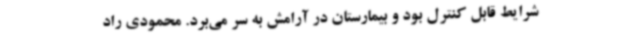
شرایط قابل کنترل بود و بیمارستان در آرامش به سر می‌برد. محمودی راد